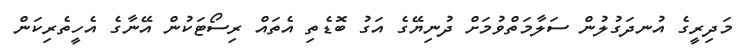
މަދިރީގެ އުނދަގުލުން ސަލާމަތްވުމަށް ދުނިޔޭގެ އަގު ބޮޑެތި އެތައް ރިސޯޓަކުން އޭނާގެ އެހީތެރިކަން